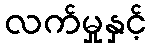
လက်မှုနှင့်